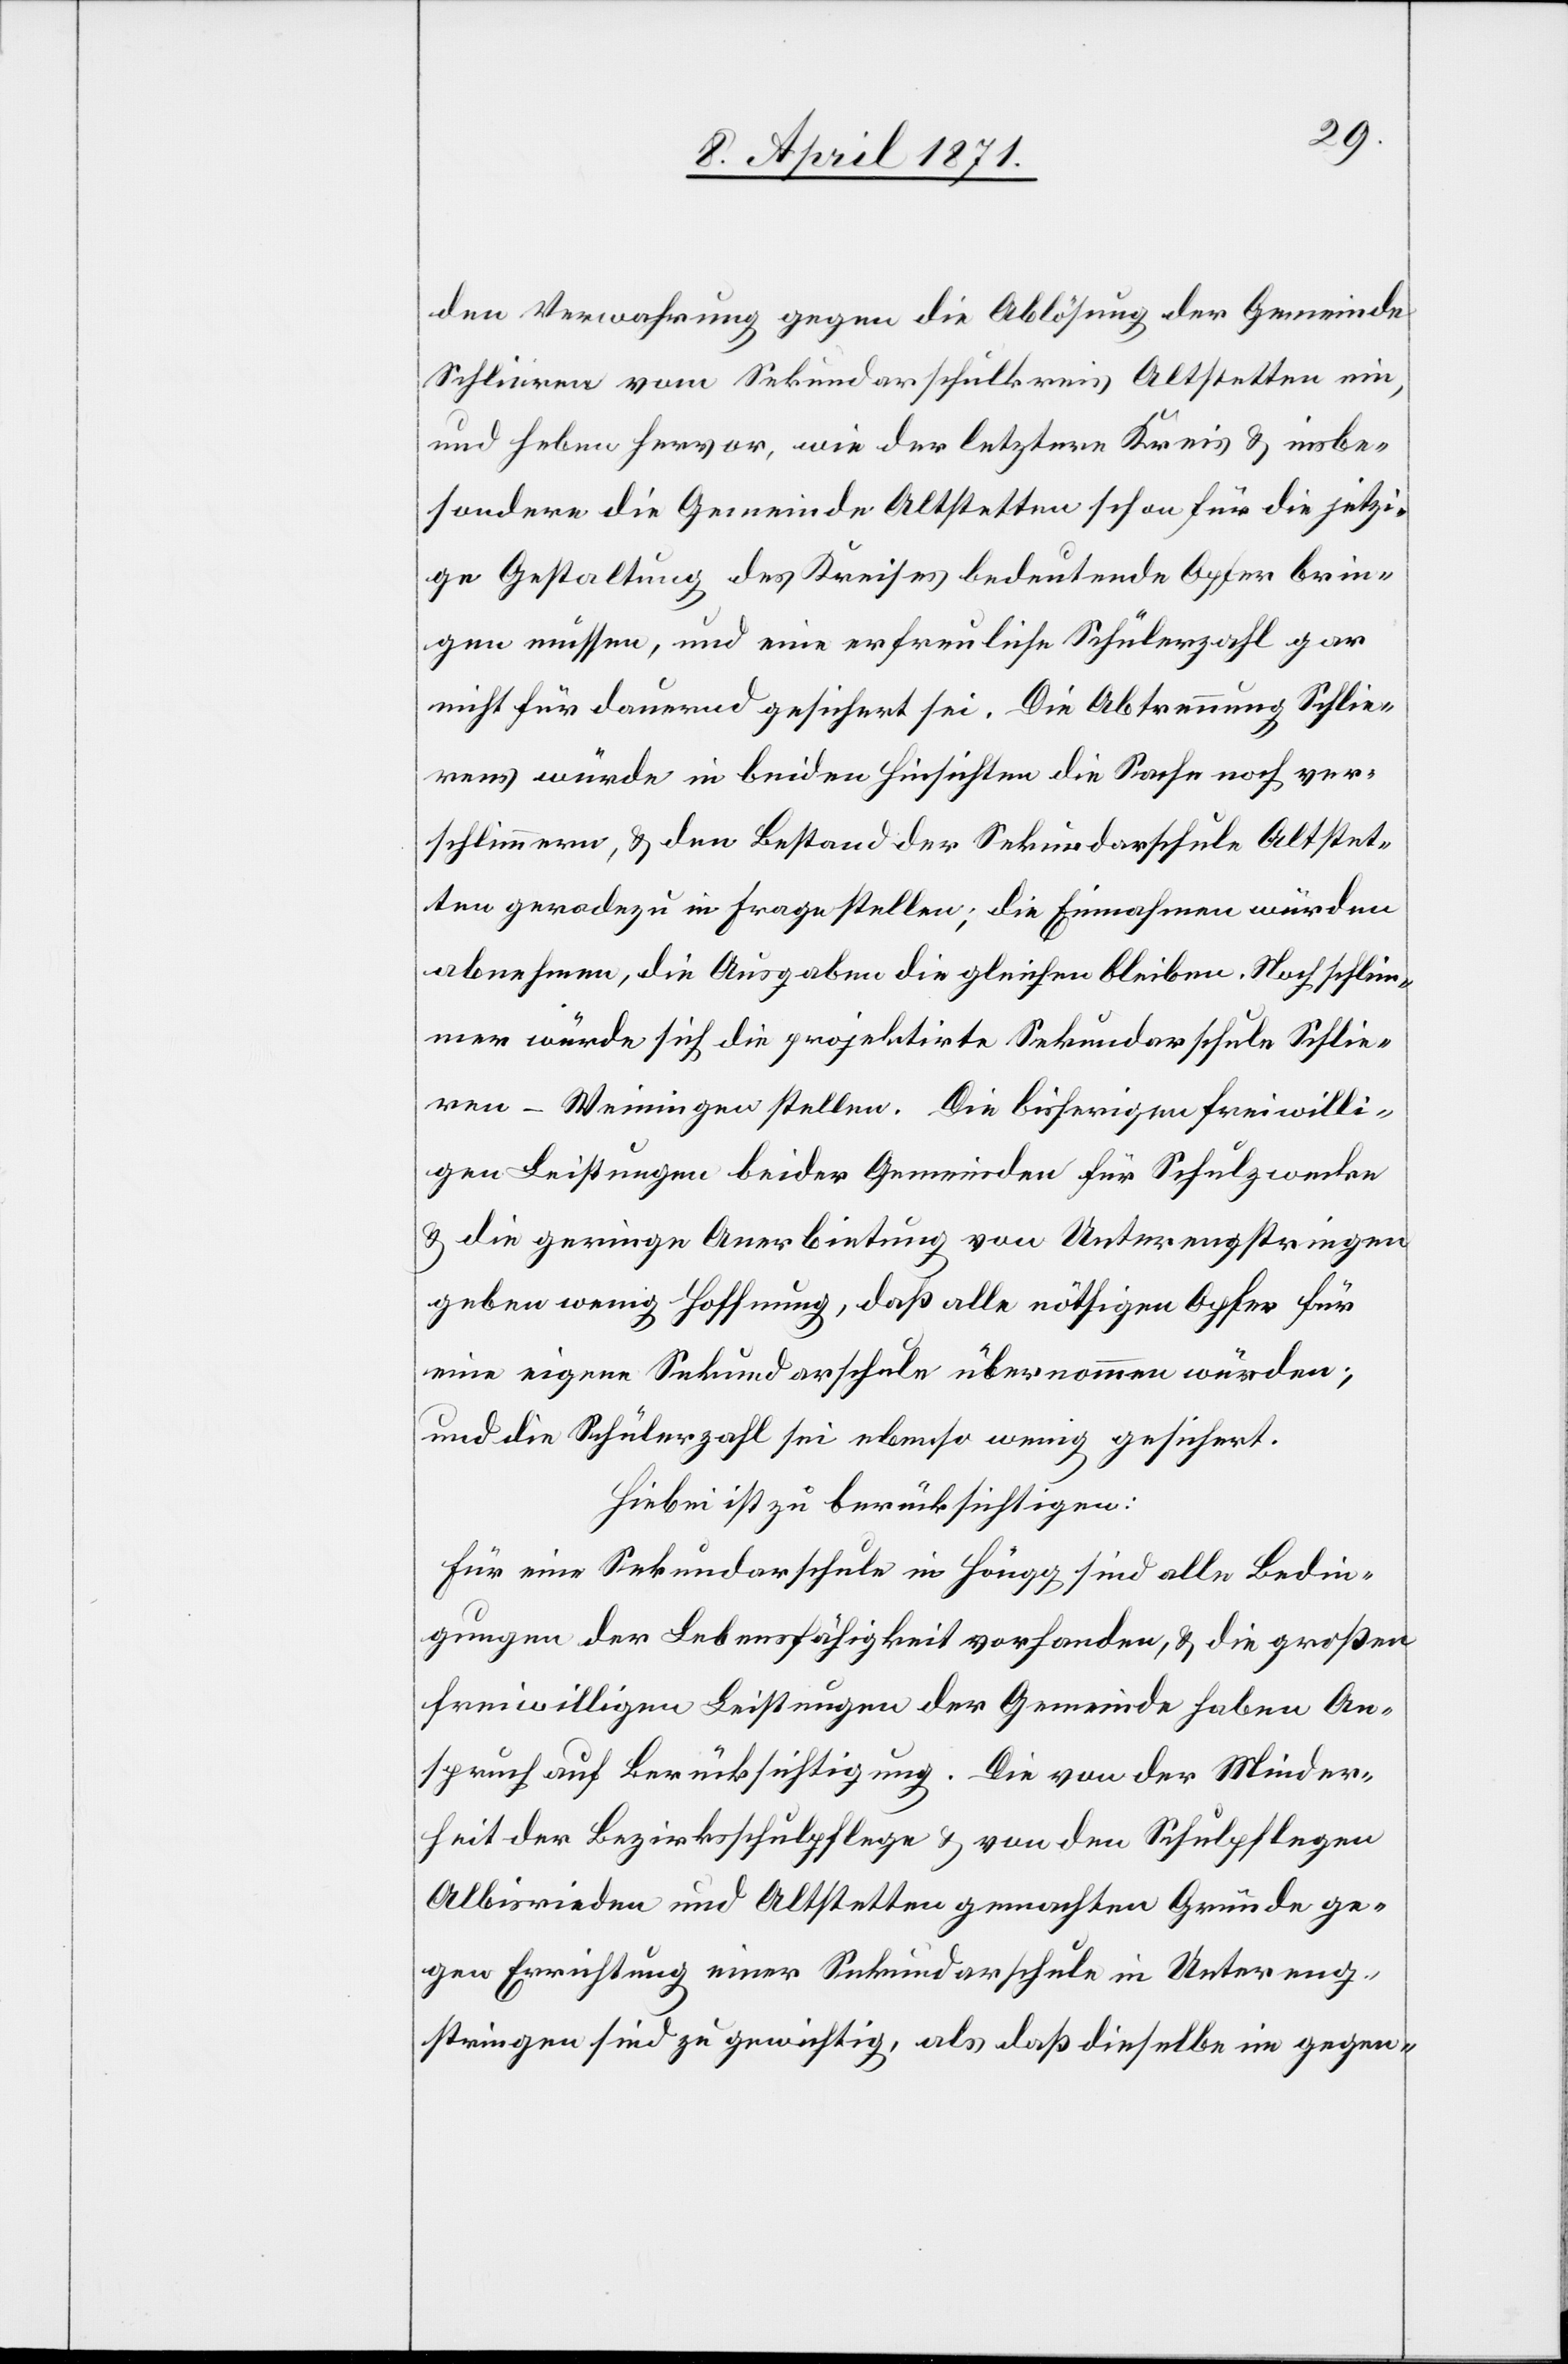
den Verwahrung gegen die Ablösung der Gemeinde
Schlieren vom Sekundarschulkreis Altstetten ein,
und heben hervor, wie der letztere Kreis u. insbe¬
sondere die Gemeinde Altstetten schon für die jetzi¬
ge Gestaltung des Kreises bedeutend Opfer brin¬
gen müssen, und eine erfreuliche Schülerzahl gar
nicht für dauernd gesichert sei. Die Abtrennung Schlie¬
rens würde in beiden Hinsichten die Sache noch ver¬
schlimmern, u. den Bestand der Sekundarschule Altstet¬
ten geradezu in Frage stellen; die Einnahmen würden
abnehmen, die Ausgaben die gleichen bleiben. Noch schlim¬
mer würde sich die projektirte Sekundarschule Schlie¬
ren-Weiningen stellen. Die bisherigen freiwilli¬
gen Leistungen beider Gemeinden für Schulzwecke
u. die geringe Anerbietung von Unterengstringen
geben wenig Hoffnung, daß alle nöthigen Opfer für
eine eigene Sekundarschule übernommen würden;
und die Schülerzahl sei ebenso wenig gesichert.
Hiebei ist zu berücksichtigen:
Für eine Sekundarschule in Höngg sind alle Bedin¬
gungen der Lebensfähigkeit vorhanden, u. die großen
freiwilligen Leistungen der Gemeinde haben An¬
spruch auf Berücksichtigung. Die von der Minder¬
heit der Bezirksschulpflege u. von den Schulpflegen
Albisrieden und Altstetten gemachten Gründe ge¬
gen Errichtung einer Sekundarschule in Untereng¬
stringen sind zu gewichtig, als daß dieselbe im gegen-